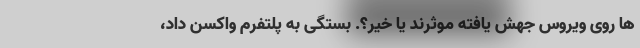
ها روی ویروس جهش یافته موثرند یا خیر؟. بستگی به پلتفرم واکسن داد،